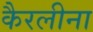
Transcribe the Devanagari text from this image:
कैरलीना